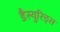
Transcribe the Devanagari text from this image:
डैस्युरिड्स